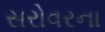
સરોવરના